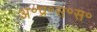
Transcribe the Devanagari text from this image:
अ॰प्र॰स॰स॰